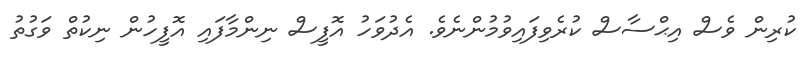
ކުރިން ވެސް އިޙްސާސް ކުރެވިފައިވުމުންނެވެ. އެދުވަހު އޮފީސް ނިންމާފައި އޮފީހުން ނިކުތް ވަގުތު